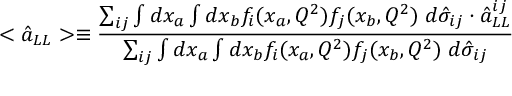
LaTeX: < \hat { a } _ { L L } > \equiv \frac { \sum _ { i j } \int d x _ { a } \int d x _ { b } f _ { i } ( x _ { a } , Q ^ { 2 } ) f _ { j } ( x _ { b } , Q ^ { 2 } ) \; d \hat { \sigma } _ { i j } \cdot \hat { a } _ { L L } ^ { i j } } { \sum _ { i j } \int d x _ { a } \int d x _ { b } f _ { i } ( x _ { a } , Q ^ { 2 } ) f _ { j } ( x _ { b } , Q ^ { 2 } ) \; d \hat { \sigma } _ { i j } }